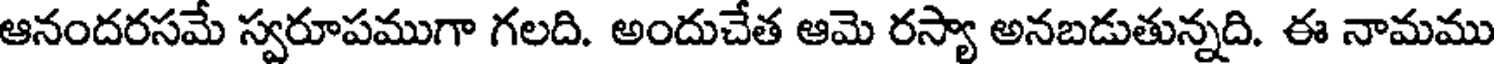
ఆనందరసమే స్వరూపముగా గలది. అందుచేత ఆమె రస్యా అనబడుతున్నది. ఈ నామము